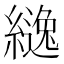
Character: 𮉅